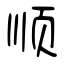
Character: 顺